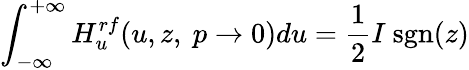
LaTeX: \int_{-\infty}^{+\infty}H_{u}^{rf}(u,z,~p\rightarrow 0)du=\frac{1}{2}I~\textrm{sgn}(z)